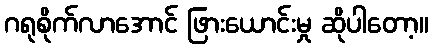
ဂရုစိုက်လာအောင် ဖြားယောင်းမှု ဆိုပါတော့။